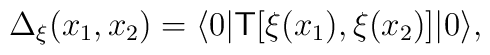
\Delta_\xi(x_{1},x_{2})=\langle 0|{\sf T}[\xi(x_{1}),\xi(x_{2})]|0 \rangle,